Annual report of the Central Committee of the Association together with the report of the directors of the Pasteur Institute at Kasauli
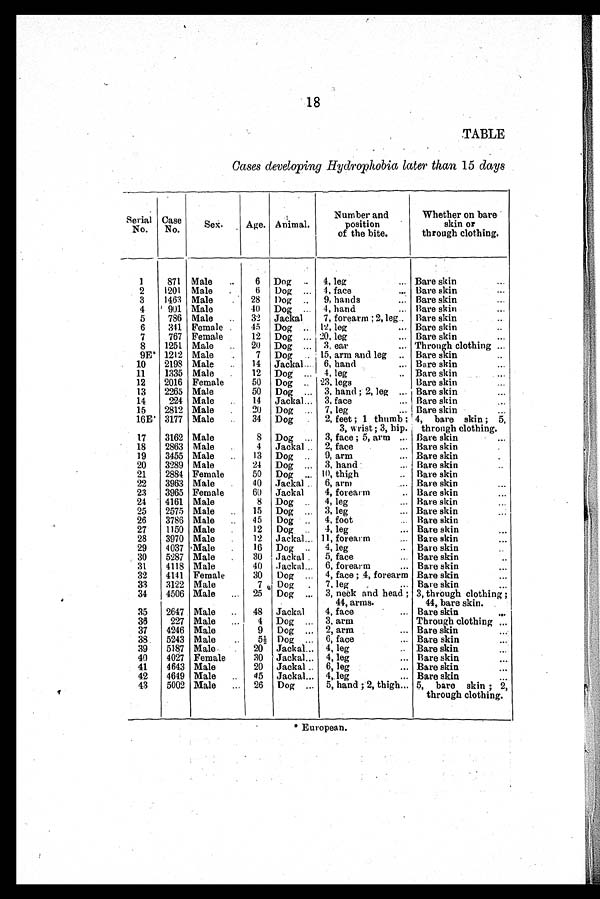
18
TABLE
Cases developing Hydrophobia later than 15 days
Serial
No.
Case
No.
Sex.
Age. Animal.
Number and
position
of the bite.
Whether on bare
skin or
through clothing.
1
871 Male
6 Dog
4, leg
Bare skin
2
1201 Male
6 Dog
4, face
Bare skin
3
1463 Male
28 Dog
9, hands
Bare skin
4
901 Male
40 Dog
4, hand
Bare skin
5
786 Male
32 Jackal
7, forearm; 2, leg Bare skin
6
341 Female
45 Dog
12, leg
Bare skin
7
767 Female
12 Dog
20, leg
Bare skin
8
1251 Male
20 Dog
3, ear
Through clothing
9E* 1212 Male
7 Dog
15, arm and leg
Bare skin
10
2198 Male
14 Jackal
6, hand
Bare skin
11
1335 Male
12 Dog
4, leg
Bare skin
12
2016 Female
50 Dog
23, legs
Bare skin
13
2265 Male
50 Dog
3, hand; 2, leg
Bare skin
14
224 Male
14 Jackal
3, face
Bare skin
15
2812 Male
20 Dog
7, leg
Bare skin
16E' 3177 Male
34 Dog
2, feet; 1 thumb;
3, wrist; 3, hip.
4, bare skin; 5,
through clothing.
17
3162 Male
8 Dog
3, face; 5, arm
Bare skin
18
2863 Male
4 Jackal
2, face
Bare skin
19
3455 Male
13 Dog
9, arm
Bare skin
20
3289 Male
24 Dog
3, hand
Bare skin
21
2884 Female
50 Dog
10, thigh
Bare skin
22
3963 Male
40 Jackal
6, arm
Bare skin
23
3965 Female
60 Jackal
4, forearm
Bare skin
24
4161 Male
8 Dog
4, leg
Bare skin
25
2575 Male
15 Dog
3, leg
Bare skin
26
3786 Male
45 Dog
4, foot
Bare skin
27
1150 Male
12 Dog
4, leg
Bare skin
28
3970 Male
12 Jackal 11, forearm
Bare skin
29
4037 'Male
16 Dog
4, leg
Bare skin
30
5287 Male
30 ,Jackal
5, face
Bare skin
31
4118 Male
40 .Jackal
6, forearm
Bare skin
32
4141 Female
30 Dog
4, face; 4, forearm Bare skin
33
3122 Male
7 Dog
7, leg. Bare skin
34
4506 Male
25 Dog
3, neck and head;
44, arms.
3, through clothing;
44, bare skin.
35
2647 Male
48 Jackal
4, face
Bare skin
35
227 Male
4 Dog
3, arm
Through clothing
37
4246 Male
9 Dog
2, arm
Bare skin
38. 5243 Male
5 ½ Dog
6, face
Bare skin
39
5187 Male
20 Jackal
4, leg
Bare skin
40
4027 Female
30 Jackal
4, leg
Bare skin
41
4643 Male
20 Jackal
6, leg
Bare skin
42
4649 Male
45 Jackal
4, leg
Bare skin
43
5002 Male
26 Dog
5, hand; 2, thigh 5, bare skin; 2,
through clothing.
* European.